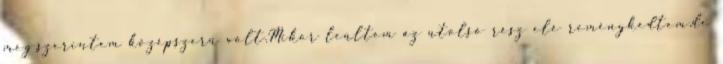
meg,szerintem középszerű volt.Mikor leültem az utolsó rész elé reménykedtem,de